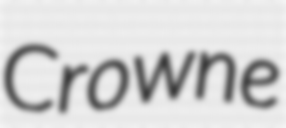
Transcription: Crowne